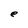
Character: e